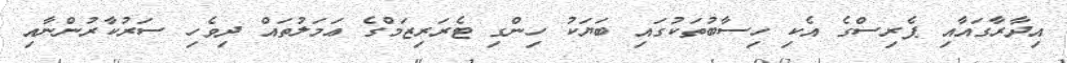
އިދާރާގައާއި ޕެރިސްގެ އެކި ހިސާބުތަކުގައި ބަޔަކު ހިންގި ޓެރަރިޒަމްގެ ޢަމަލުތައް ދިވެހި ސަރުކާރުންނާއި